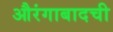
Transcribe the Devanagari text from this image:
औरंगाबादची